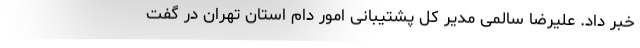
خبر داد. علیرضا سالمی مدیر کل پشتیبانی امور دام استان تهران در گفت